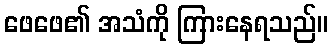
ဖေဖေ၏ အသံကို ကြားနေရသည်။